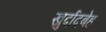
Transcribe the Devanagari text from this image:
खुर्दादबेह